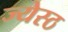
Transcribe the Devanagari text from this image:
ज्येस्ठ